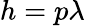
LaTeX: h=p\lambda